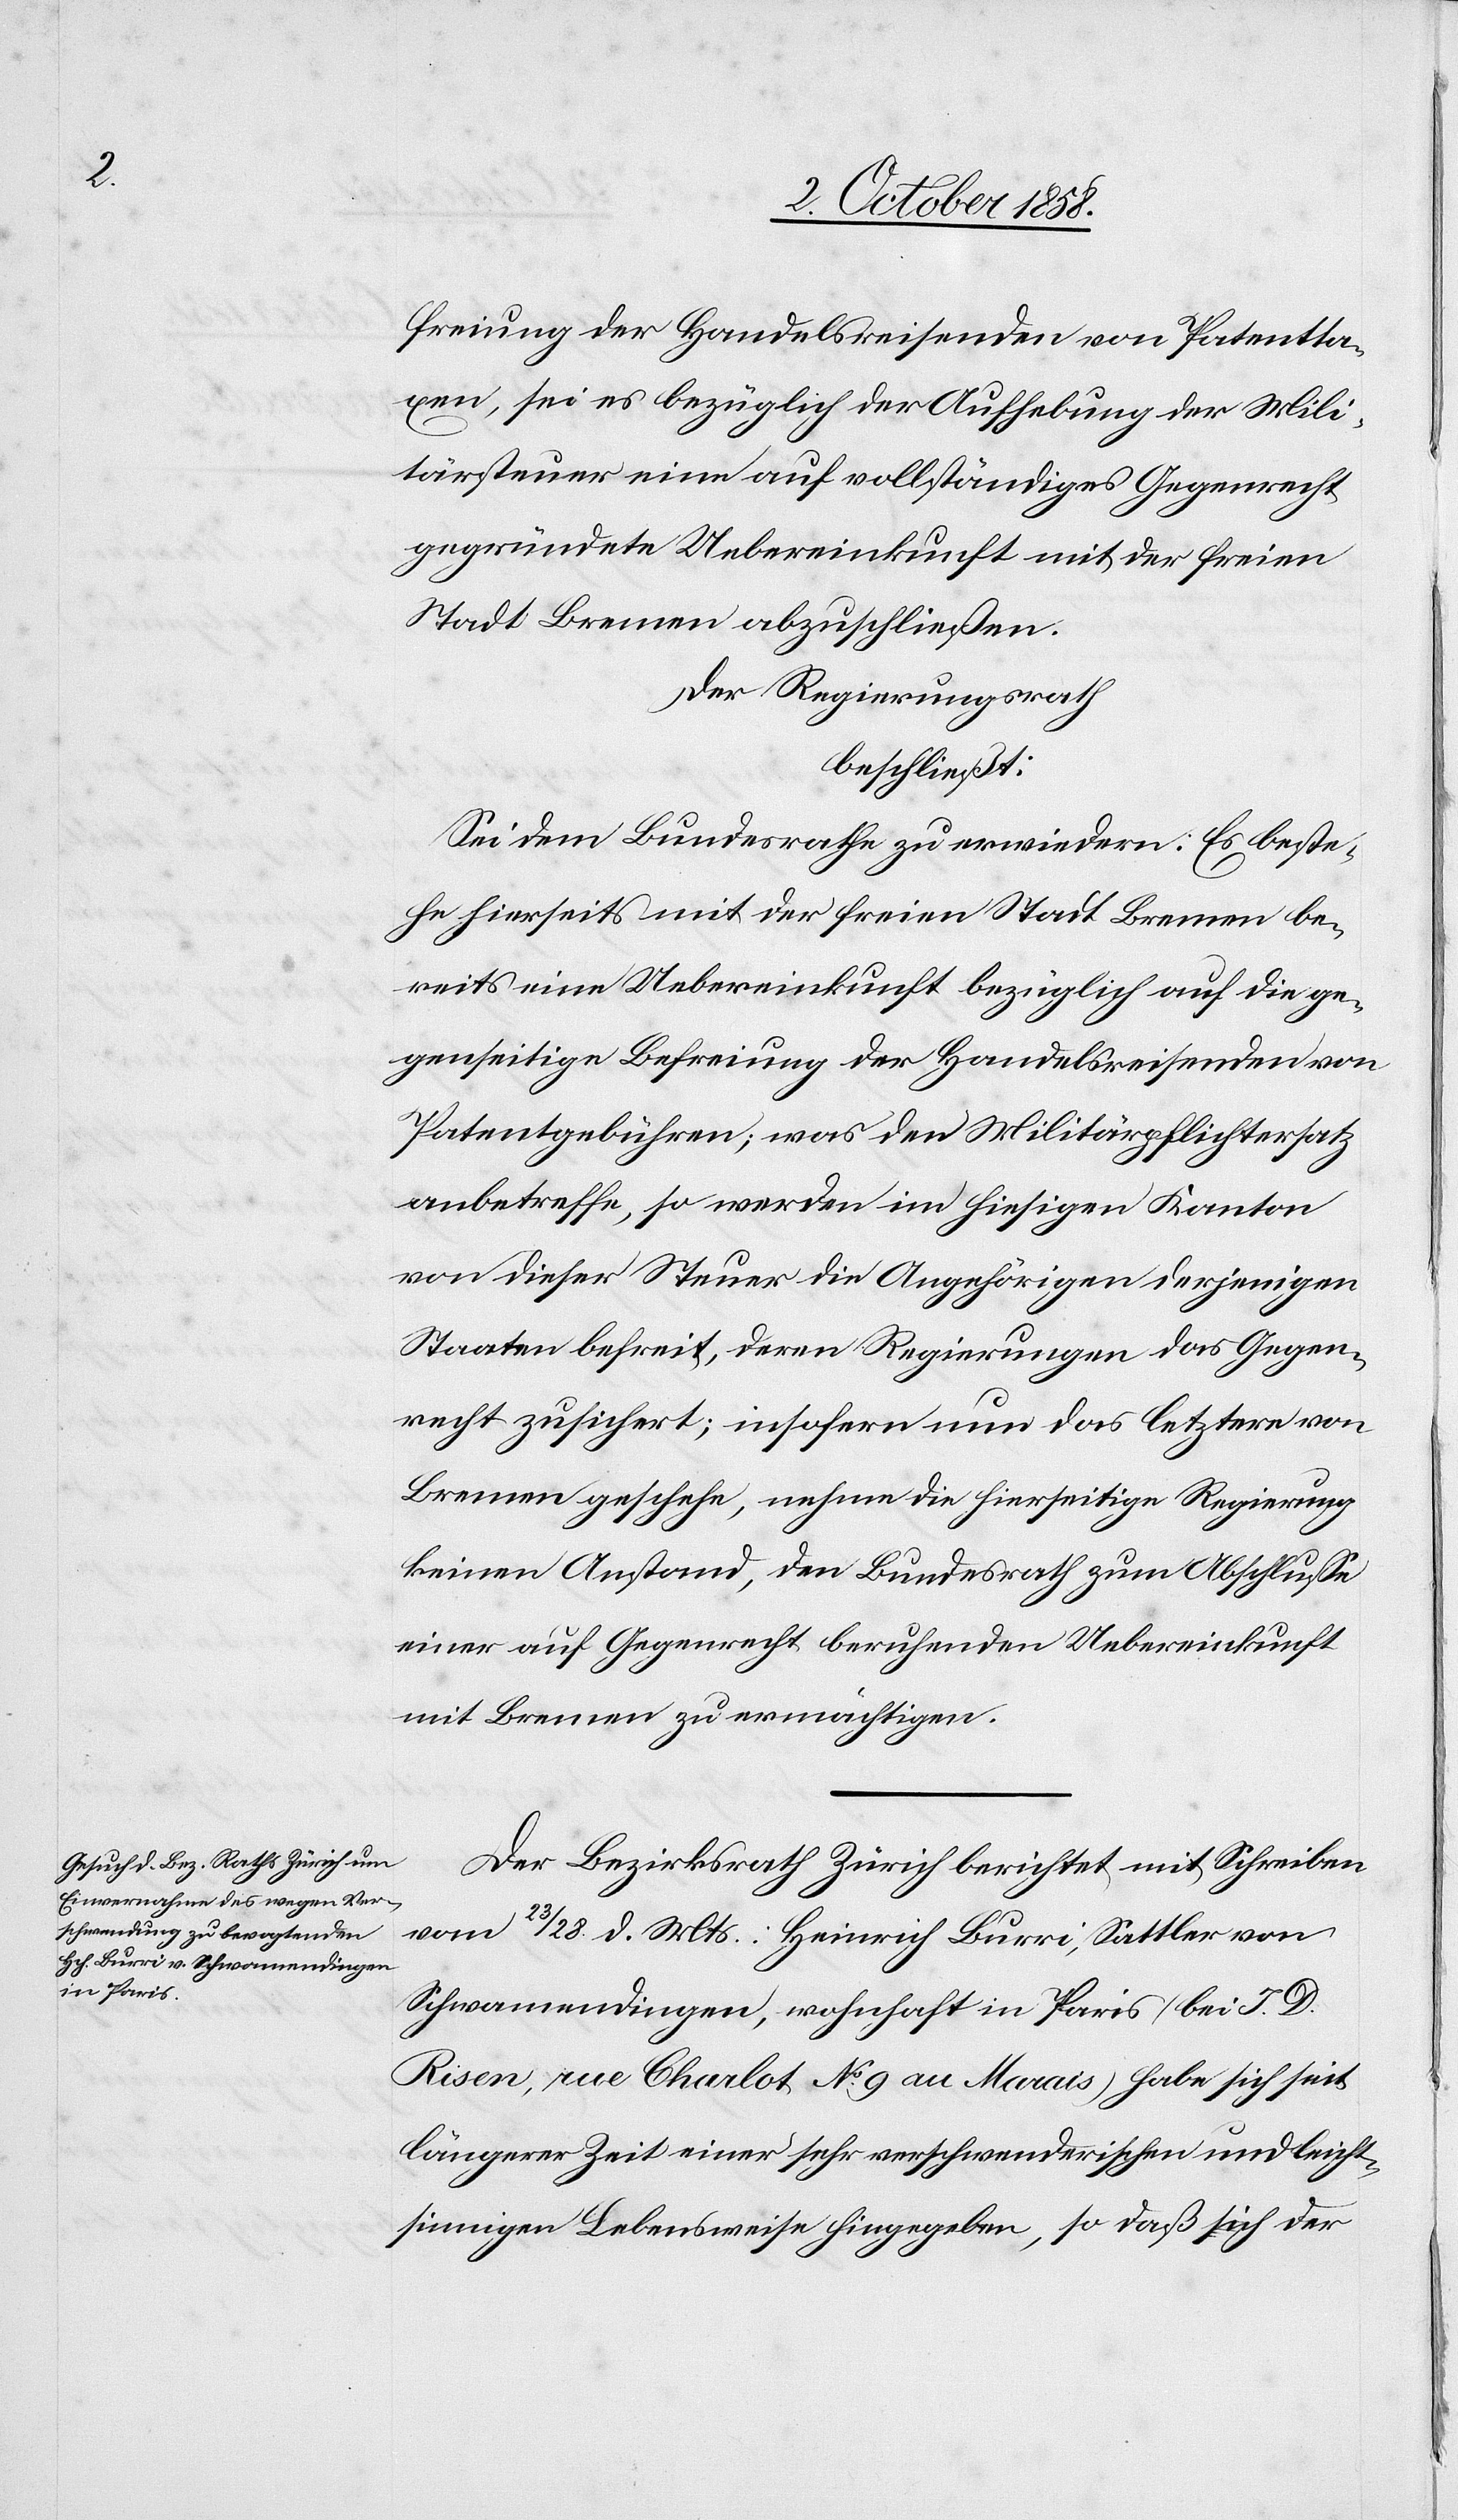
freiung der Handelsreisenden von Patentta¬
xen, sei es bezüglich der Aufhebung der Mili¬
tärsteuer eine auf vollständiges Gegenrecht
gegründete Uebereinkunft mit der freien
Stadt Bremen abzuschließen.
Der Regierungsrath
beschließt:
Sei dem Bundesrathe zu erwiedern: Es beste¬
he hierseits mit der freien Stadt Bremen be¬
reits eine Uebereinkunft bezüglich auf die ge¬
genseitige Befreiung der Handelsreisenden von
Patentgebühren; was den Militärpflichtersatz
anbetreffe, so werden im hiesigen Kanton
von dieser Steuer die Angehörigen derjenigen
Staaten befreit, deren Regierungen das Gegen¬
recht zusichert; insofern nun das letztere von
Bremen geschehe, nehme die hierseitige Regierung
keinen Anstand, den Bundesrath zum Abschlusse
einer auf Gegenrecht beruhenden Uebereinkunft
mit Bremen zu ermächtigen.
Der Bezirksrath Zürich berichtet mit Schreiben
vom 23 / 28 d. Mts.: Heinrich Burri, Sattler von
Schwamendingen, wohnhaft in Paris (bei J. D.
Risen, rue Charlot No. 9 au Marais) habe sich seit
längerer Zeit einer sehr verschwenderischen und leicht¬
sinnigen Lebensweise hingegeben, so daß sich der